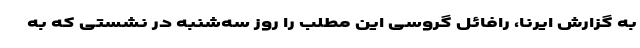
به گزارش ایرنا، رافائل گروسی این مطلب را روز سه‌شنبه در نشستی که به